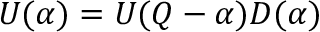
U ( \alpha ) = U ( Q - \alpha ) D ( \alpha )